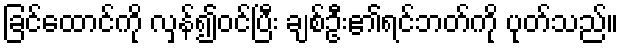
ခြင်ထောင်ကို လှန်၍ဝင်ပြီး ချစ်ဦး၏ရင်ဘတ်ကို ပုတ်သည်။